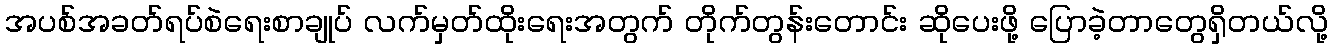
အပစ်အခတ်ရပ်စဲရေးစာချုပ် လက်မှတ်ထိုးရေးအတွက် တိုက်တွန်းတောင်း ဆိုပေးဖို့ ပြောခဲ့တာတွေရှိတယ်လို့